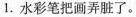
1.水彩笔把画弄脏了。